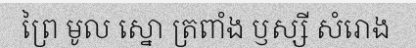
ព្រៃ មូល ស្នោ ត្រពាំង ឫស្សី សំរោង